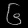
Digit: ၆